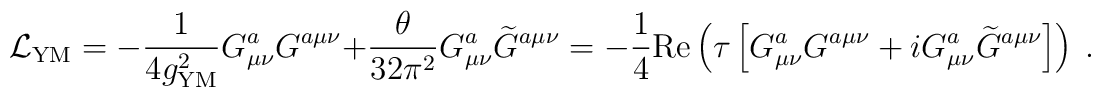
{\cal L}_{\rm YM}=-{1\over 4 g^2_{\rm YM}} G_{\mu\nu}^a G^{a\mu\nu} +{\theta\over 32\pi^2} G_{\mu\nu}^a{\widetilde G}^{a\mu\nu}= -{1\over 4} {\rm Re}\left( \tau\left[G_{\mu\nu}^a G^{a\mu\nu} +i G_{\mu\nu}^a{\widetilde G}^{a\mu\nu}\right]\right)~.